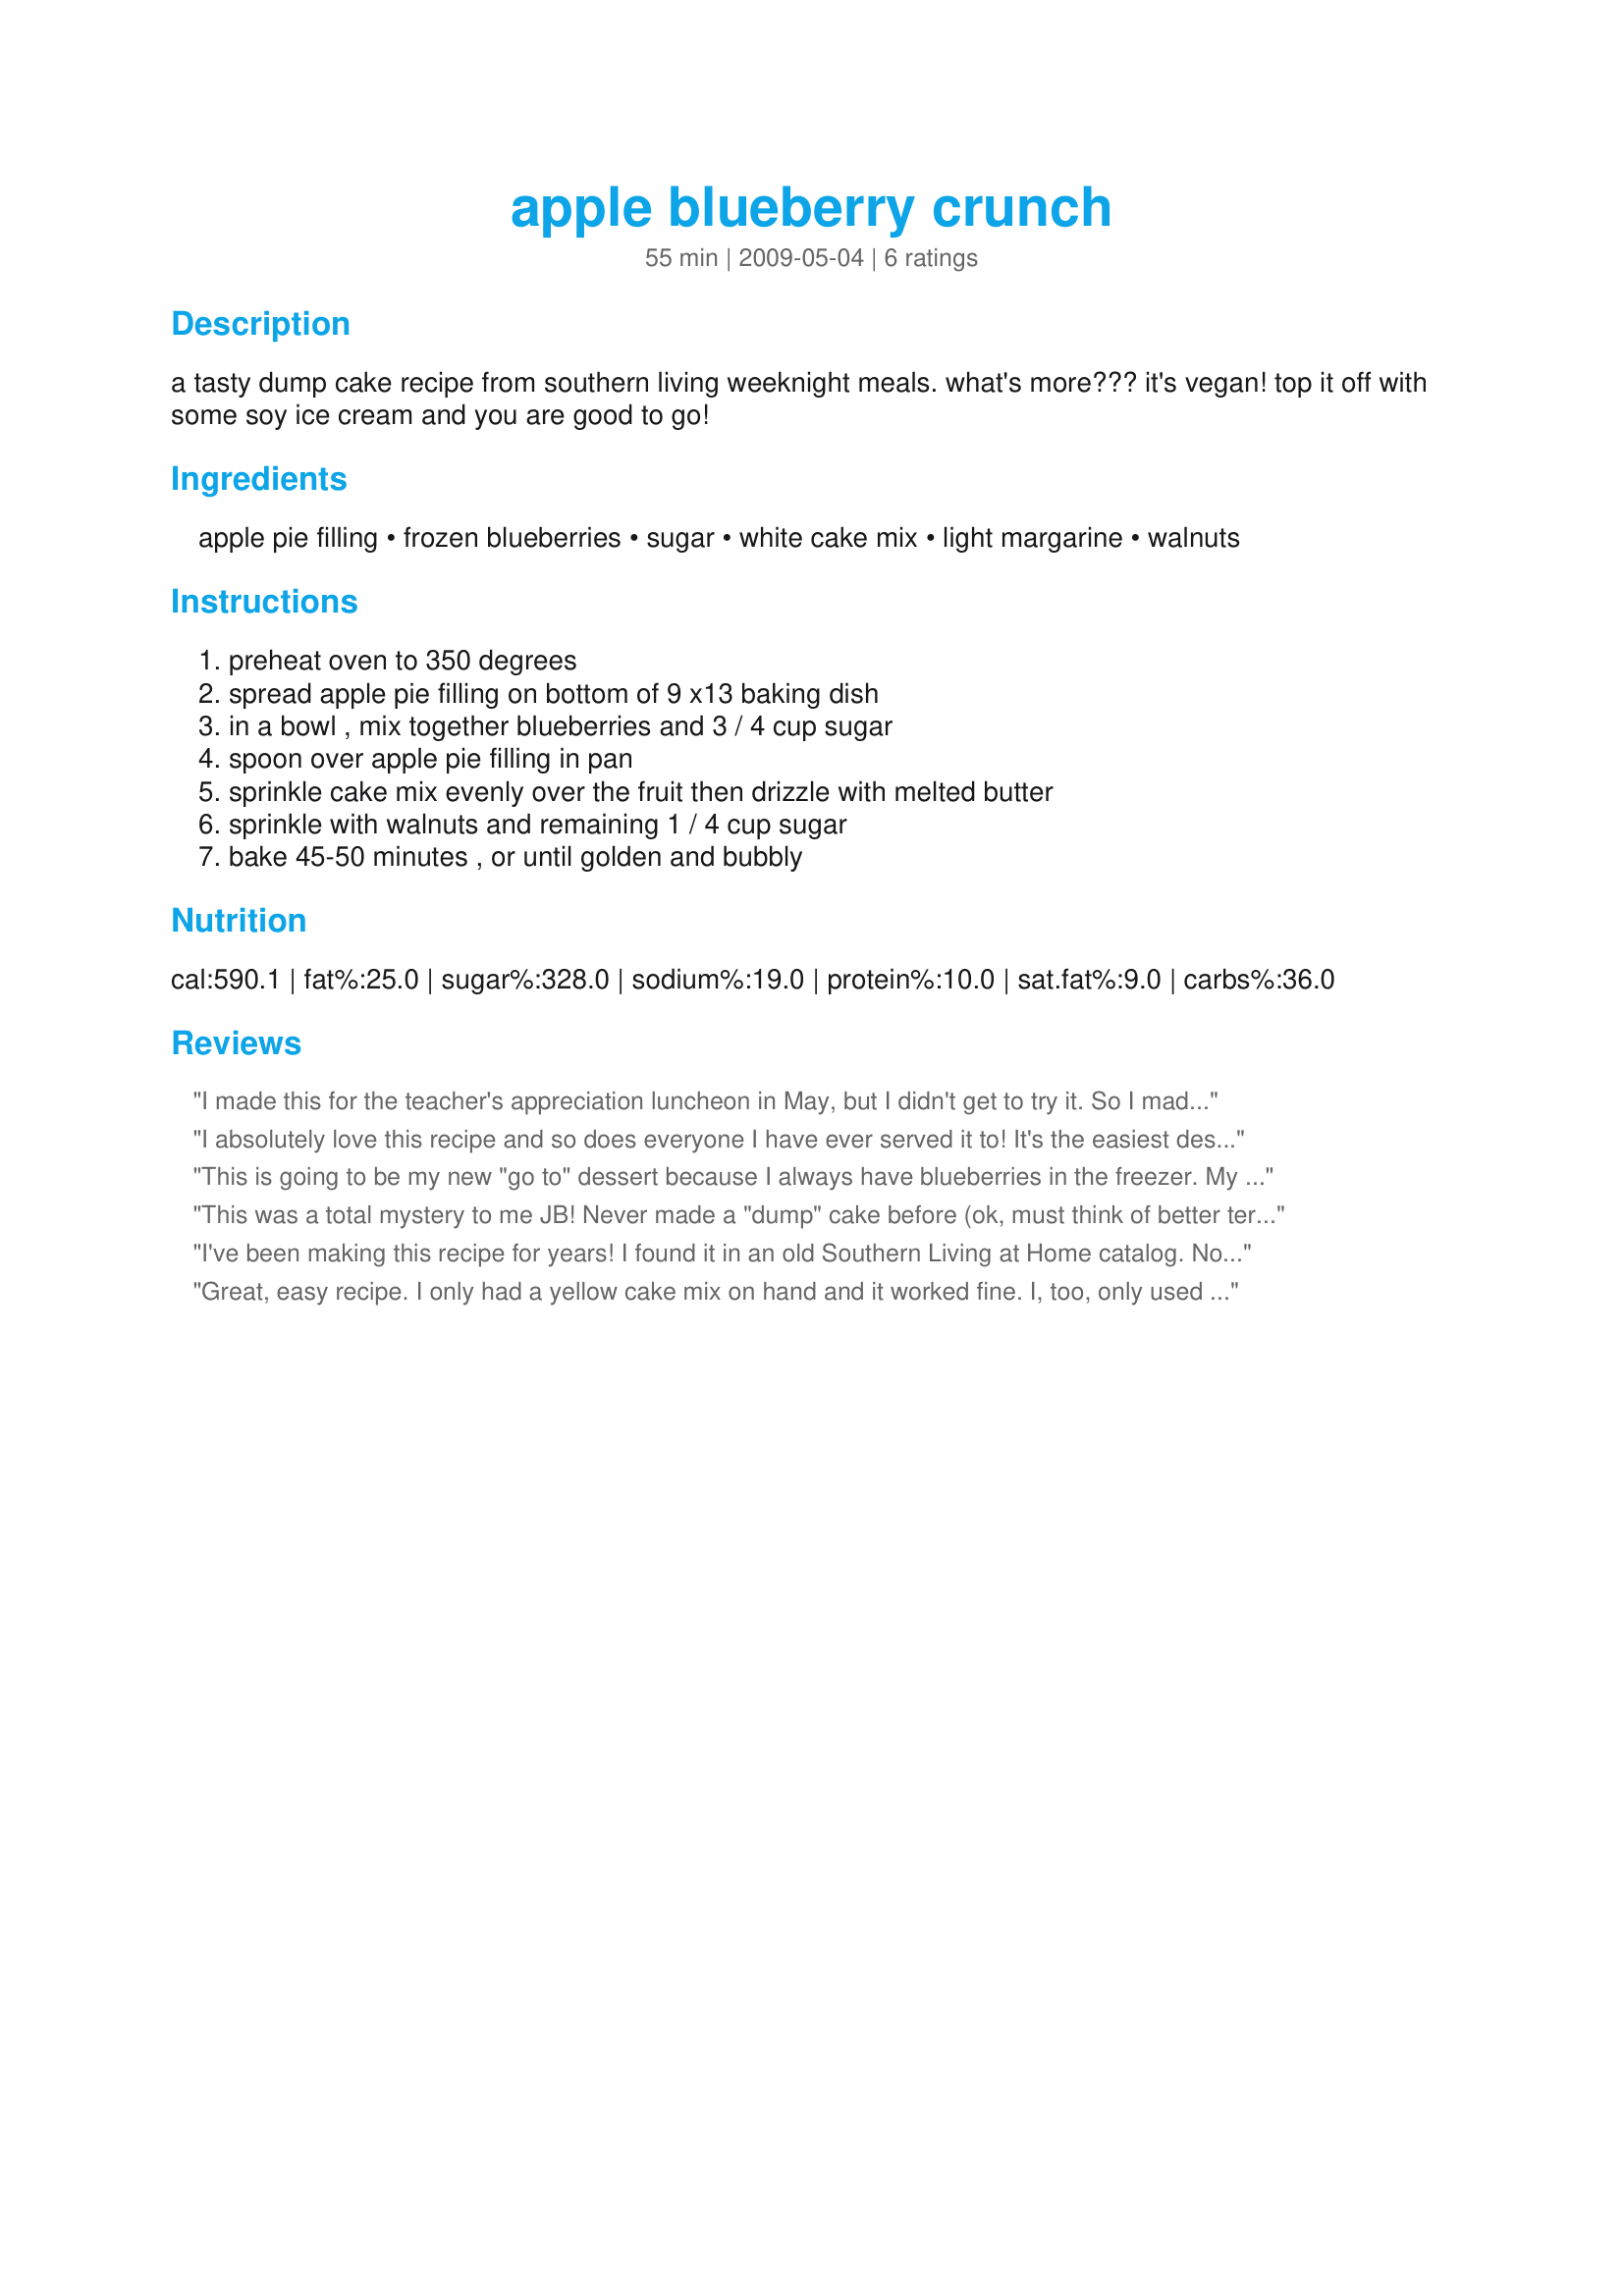
apple blueberry crunch
Preparation time: 55 minutes

a tasty dump cake recipe from southern living weeknight meals. what's more??? it's vegan! top it off with some soy ice cream and you are good to go!

Ingredients:
apple pie filling, frozen blueberries, sugar, white cake mix, light margarine, walnuts

Steps:
preheat oven to 350 degrees, spread apple pie filling on bottom of 9 x13 baking dish, in a bowl , mix together blueberries and 3 / 4 cup sugar, spoon over apple pie filling in pan, sprinkle cake mix evenly over the fruit then drizzle with melted butter, sprinkle with walnuts and remaining 1 / 4 cup sugar, bake 45-50 minutes , or until golden and bubbly

Reviews:
I made this for the teacher's appreciation luncheon in May, but I didn't get to try it. So I made it this morning to bring to work. It's delicious! So, so easy. The only thing I would change is to eliminate the 1/4 cup of sugar on top, as my co-workers and I thought it was a tad too sweet.

Thanks for posting this recipe!
I absolutely love this recipe and so does everyone I have ever served it to! It's the easiest dessert I have ever made and every bit of it gets eaten-either by guests or ME!
This is going to be my new "go to" dessert because I always have blueberries in the freezer. My family LOVED this! Also brought some to my supervisor who asked when I was going to bring him some again, so thanks for helping me earn "brownie points!" Made as written except I used toasted pecans. Like the previous reviewer I think I'll also eliminate the 1/4 cup sugar next time as I think the sugar in the cake mix is enough, and will make in 2 8"x8" pans instead of a 9 x 13 so I'll have one for the fam and one to take to work. Thanks for posting! Made for Aus/NZ Recipe Swap #30.
This was a total mystery to me JB! Never made a "dump" cake before (ok, must think of better term...haha). I was thinking it would be more cake like, but it's of course more crumble like. Very very tasty, the flavours were fabulous together. I honestly was scratching my head thinking really, I just sprinkle the cake mix on, really..? I used homemade apple pie filling, not sure if that affected anything...perhaps because I was a few ounces short of 21, so some of the cake mixture on top didn't reach any liquid (I should have topped it up to 21 I guess). But that's the cook's fault! The only thing I would change with this is the amount of sugar because we all found it very very sweet...and I even cut down based on what other reviewers had said (in both areas). I'd definitely make again because I love the flavour combo...! (and I used walnuts - nice). Thanks for showing me something new JB!!
I've been making this recipe for years! I found it in an old Southern Living at Home catalog. Now, every time we attend a party, this is what I'm asked to bring. It's a GREAT hit!
Great, easy recipe. I only had a yellow cake mix on hand and it worked fine. I, too, only used the 3/4 c sugar and pecans instead of walnuts. YUM!
